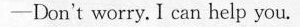
-Don't worry. I can help you.